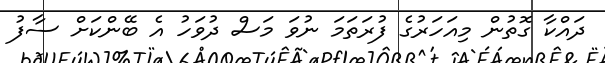
ދައްކާ ގޮތުން މިއަހަރުގެ ފުރަތަމަ ނުވަ މަސް ދުވަހު އެ ބޭންކަށް ސާފު